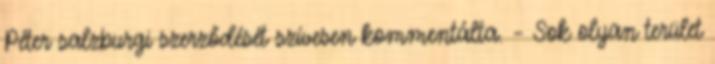
Péter salzburgi szerződését szívesen kommentálta. – Sok olyan terület